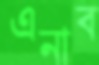
এনাব